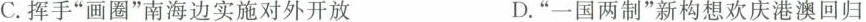
C.挥手“画圈”南海边实施对外开放 D.“一国两制”新构想欢庆港澳回归